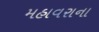
મહાવરાના